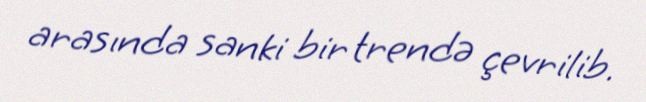
arasında sanki bir trendə çevrilib.